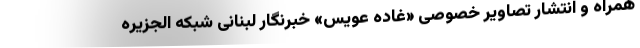
همراه و انتشار تصاویر خصوصی «غاده عویس» خبرنگار لبنانی شبکه الجزیره